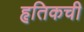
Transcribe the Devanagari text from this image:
हृतिकची